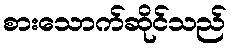
စားသောက်ဆိုင်သည်